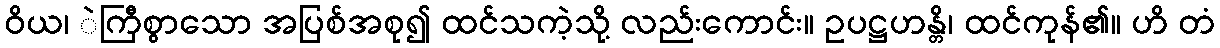
ဝိယ၊ ဲကြီစွာသော အပြစ်အစု၍ ထင်သကဲ့သို့ လည်းကောင်း။ ဥပဋ္ဌဟန္တိ၊ ထင်ကုန်၏။ ဟိ တံ